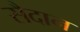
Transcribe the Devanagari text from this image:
सैदान